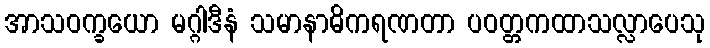
အာသဝက္ခယော မဂ္ဂါဒီနံ သမာနာဓိကရဏတာ ပဝတ္တကထာသလ္လာပေသု